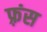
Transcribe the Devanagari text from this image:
फ़्रंस